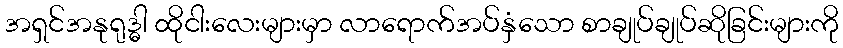
အရှင်အနုရုဒ္ဓါ ထိုငါးလေးများမှာ လာရောက်အပ်နှံသော စာချုပ်ချုပ်ဆိုခြင်းများကို